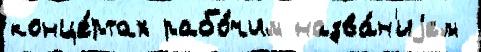
конце́ртах рабо́чим назва́н'иjем